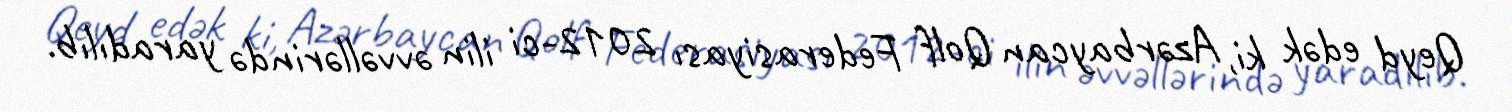
Qeyd edək ki, Azərbaycan Qolf Federasiyası 2012-ci ilin əvvəllərində yaradılıb.